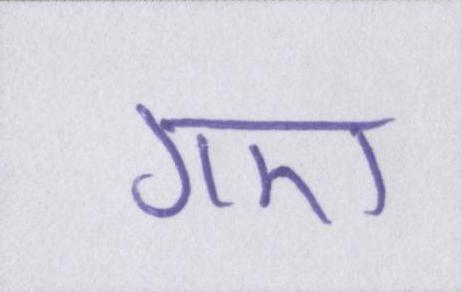
गए